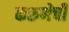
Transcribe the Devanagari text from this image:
करुणेची